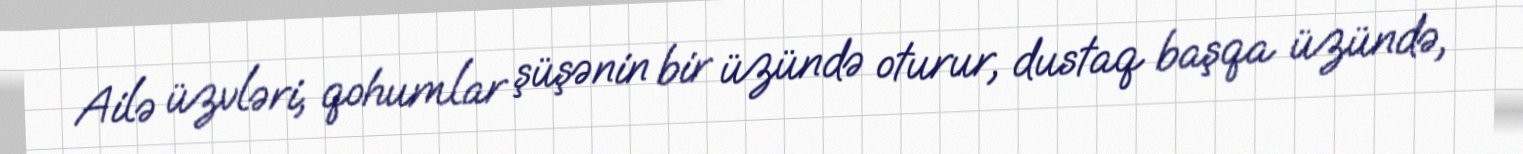
Ailə üzvləri, qohumlar şüşənin bir üzündə oturur, dustaq başqa üzündə,